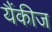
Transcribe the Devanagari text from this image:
यैंकीज